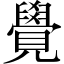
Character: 覺